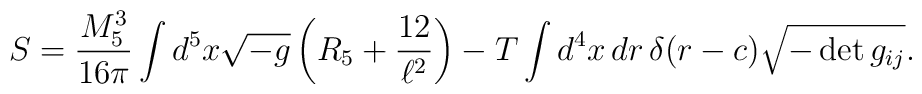
S = \frac{M_5^3}{16\pi} \int d^5x \sqrt{-g} \left(R_5 + \frac{12}{\ell^2} \right)- T \int d^4x\, dr\, \delta(r-c) \sqrt{-\det g_{ij}}.